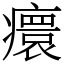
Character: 癏